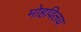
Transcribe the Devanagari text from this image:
मोहविलय